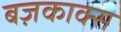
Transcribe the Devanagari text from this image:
बज़काक्स